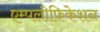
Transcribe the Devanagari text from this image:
एम्पलीफिकेशन